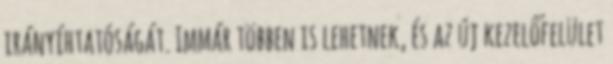
irányíhtatóságát. Immár többen is lehetnek, és az új kezelőfelület